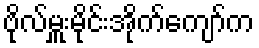
ဗိုလ်မှူးမိုင်းအိုက်ကျော်က